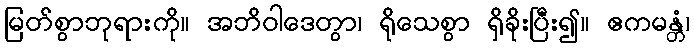
မြတ်စွာဘုရားကို။ အဘိဝါဒေတွာ၊ ရိုသေစွာ ရှိခိုးပြီး၍။ ဧကမန္တံ၊